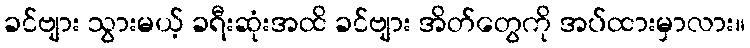
ခင်ဗျား သွားမယ့် ခရီးဆုံးအထိ ခင်ဗျား အိတ်တွေကို အပ်ထားမှာလား။